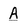
Character: A